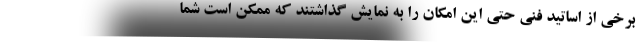
برخی از اساتید فنی حتی این امکان را به نمایش گذاشتند که ممکن است شما